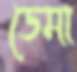
ডেমা